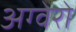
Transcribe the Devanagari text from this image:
अग्वेरो